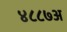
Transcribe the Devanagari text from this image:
४८८७अ